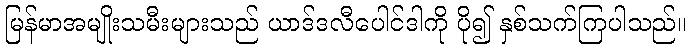
မြန်မာအမျိုးသမီးများသည် ယာဒ်ဒလီပေါင်ဒါကို ပို၍ နှစ်သက်ကြပါသည်။